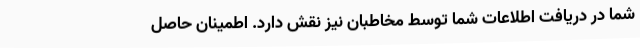
شما در دریافت اطلاعات شما توسط مخاطبان نیز نقش دارد. اطمینان حاصل